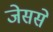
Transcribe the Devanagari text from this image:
जेससे